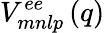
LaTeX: V_{mnlp}^{ee}\left(q\right)